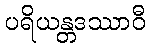
ပရိယန္တဒဿာဝီ